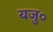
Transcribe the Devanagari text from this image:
यजु०